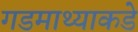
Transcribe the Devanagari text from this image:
गडमाथ्याकडे